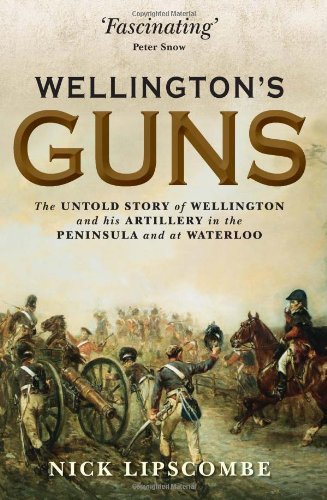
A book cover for Wellington's Guns: The Untold Story of Wellington and his Artillery in the Peninsula and at Waterloo (General Military); Nick Lipscombe; History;